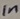
Text: 1n